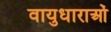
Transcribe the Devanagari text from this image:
वायुधाराओं